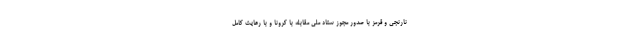
نارنجی و قرمز با صدور مجوز ستاد ملی مقابله با کرونا و با رعایت کامل